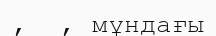
,  , мұндағы